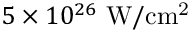
5 \times 1 0 ^ { 2 6 } ~ \mathrm { W / c m ^ { 2 } }